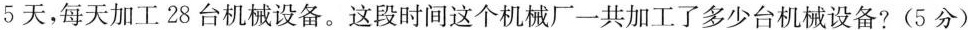
5天，每天加工28台机械设备。这段时间这个机械厂一共加工了多少台机械设备?(5分)